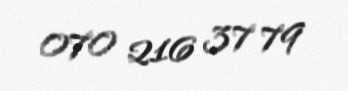
070 216 37 79